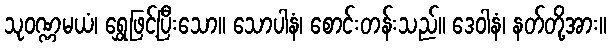
သုဝဏ္ဏမယံ၊ ရွှေဖြင့်ပြီးသော။ သောပါနံ၊ စောင်းတန်းသည်။ ဒေဝါနံ၊ နတ်တို့အား။